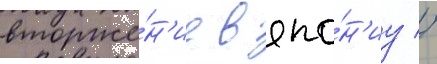
вторже́н'ие в япо́н'иу //